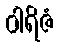
ဝါရိဇံ